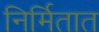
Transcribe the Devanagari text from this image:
निर्मितात